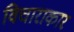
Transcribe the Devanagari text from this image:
विचाराकार